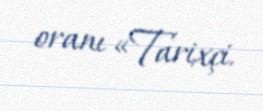
oranı «Tarixçi.